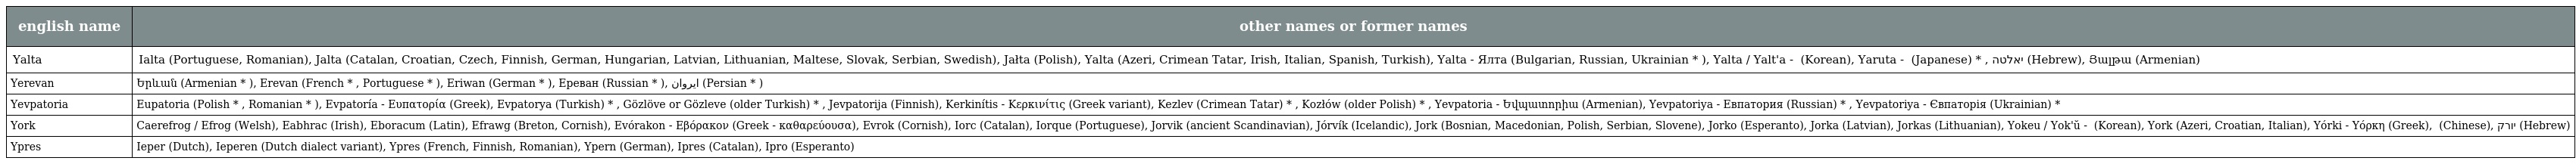
| english name | other names or former names |
 | --- | --- |
 | Yalta | Ialta (Portuguese, Romanian), Jalta (Catalan, Croatian, Czech, Finnish, German, Hungarian, Latvian, Lithuanian, Maltese, Slovak, Serbian, Swedish), Jałta (Polish), Yalta (Azeri, Crimean Tatar, Irish, Italian, Spanish, Turkish), Yalta - Ялта (Bulgarian, Russian, Ukrainian * ), Yalta / Yalt'a - 얄타 (Korean), Yaruta - ヤルタ (Japanese) * , יאלטה (Hebrew), Յալթա (Armenian) |
 | Yerevan | Երևան (Armenian * ), Erevan (French * , Portuguese * ), Eriwan (German * ), Ереван (Russian * ), ایروان (Persian * ) |
 | Yevpatoria | Eupatoria (Polish * , Romanian * ), Evpatoría - Ευπατορία (Greek), Evpatorya (Turkish) * , Gözlöve or Gözleve (older Turkish) * , Jevpatorija (Finnish), Kerkinítis - Κερκινίτις (Greek variant), Kezlev (Crimean Tatar) * , Kozłów (older Polish) * , Yevpatoria - Եվպատորիա (Armenian), Yevpatoriya - Евпатория (Russian) * , Yevpatoriya - Євпаторія (Ukrainian) * |
 | York | Caerefrog / Efrog (Welsh), Eabhrac (Irish), Eboracum (Latin), Efrawg (Breton, Cornish), Evórakon - Εβόρακον (Greek - καθαρεύουσα), Evrok (Cornish), Iorc (Catalan), Iorque (Portuguese), Jorvik (ancient Scandinavian), Jórvík (Icelandic), Jork (Bosnian, Macedonian, Polish, Serbian, Slovene), Jorko (Esperanto), Jorka (Latvian), Jorkas (Lithuanian), Yokeu / Yok'ŭ - 요크 (Korean), York (Azeri, Croatian, Italian), Yórki - Υόρκη (Greek), 約克 (Chinese), יורק (Hebrew) |
 | Ypres | Ieper (Dutch), Ieperen (Dutch dialect variant), Ypres (French, Finnish, Romanian), Ypern (German), Ipres (Catalan), Ipro (Esperanto) |